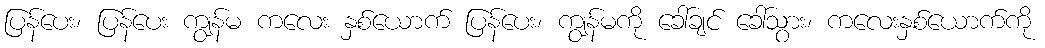
ပြန်ပေး၊ ပြန်ပေး ကျွန်မ ကလေး နှစ်ယောက် ပြန်ပေး၊ ကျွန်မကို ခေါ်ချင် ခေါ်သွား၊ ကလေးနှစ်ယောက်ကို